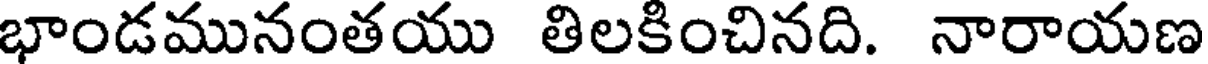
భాండమునంతయు తిలకించినది. నారాయణ